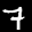
Label: 7